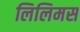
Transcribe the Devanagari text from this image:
लिलिमस